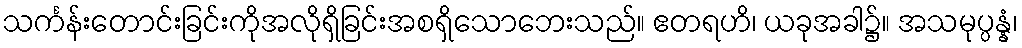
သင်္ကန်းတောင်းခြင်းကိုအလိုရှိခြင်းအစရှိသောဘေးသည်။ ဧတရဟိ၊ ယခုအခါ၌။ အသမုပ္ပန္နံ၊